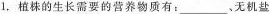
1.植株的生长需要的营养物质有：___、无机盐